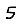
Digit: 5